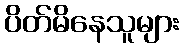
ပိတ်မိနေသူများ